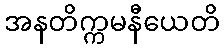
အနတိက္ကမနီယေတိ